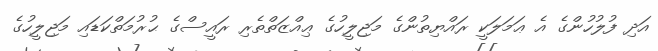
އަދި ފުލުހުންގެ އެ ޢަމަލަކީ ރައްޔިތުންގެ މަޖިލީހުގެ ޢިއްޒަތްތެރި ރައީސްގެ ޙުރުމަތްކަޑައި މަޖިލީހުގެ